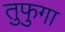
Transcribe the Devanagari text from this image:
तुफुगा